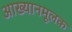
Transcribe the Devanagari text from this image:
आख्यानमूलक